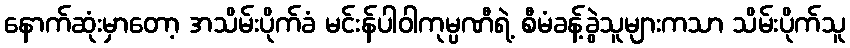
နောက်ဆုံးမှာတော့ အသိမ်းပိုက်ခံ မင်းန်ပါဝါကုမ္ပဏီရဲ့ စီမံခန့်ခွဲသူများကသာ သိမ်းပိုက်သူ